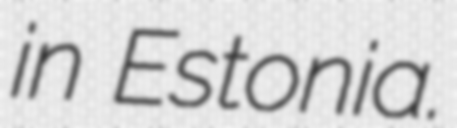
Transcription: in Estonia.